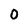
Character: 0